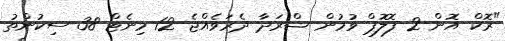
"ރޮކް އޮން-2 ފޮލޮޕް ވުމުން ޝްރަދާ ދެރަވެއްޖެ 12 މިނެޓް 38 ސިކުންތު